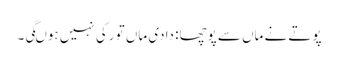
پوتے نے ماں سے پوچھا: دادی ماں تو رکی نہیں ہوںگی۔